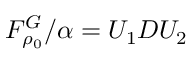
F _ { \rho _ { 0 } } ^ { G } / \alpha = U _ { 1 } D U _ { 2 }